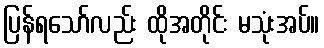
ပြန်ရသော်လည်း ထိုအတိုင်း မသုံးအပ်။